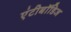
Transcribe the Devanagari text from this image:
एंटीबॉडिज